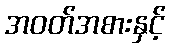
အဝတ်အစားနှင့်